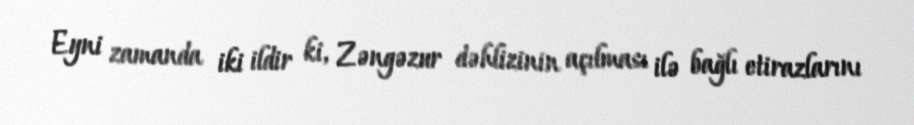
Eyni zamanda iki ildir ki, Zəngəzur dəhlizinin açılması ilə bağlı etirazlarını